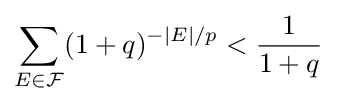
\sum _{E\in {\mathcal {F}}}(1+q)^{-|E|/p}<{1 \over 1+q}